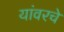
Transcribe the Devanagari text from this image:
यांवरचे